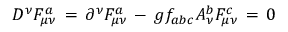
D ^ { \nu } F _ { \mu \nu } ^ { a } \, = \, \partial ^ { \nu } F _ { \mu \nu } ^ { a } \, - \, g f _ { a b c } A _ { \nu } ^ { b } F _ { \mu \nu } ^ { c } \, = \, 0